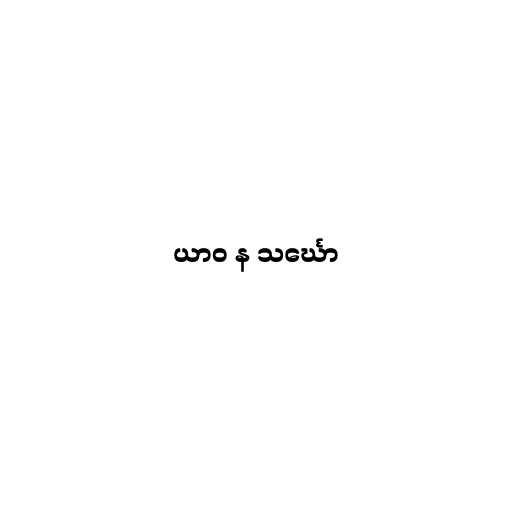
ယာဝ န သင်္ဃော